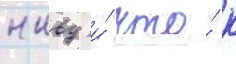
нквд и́ что́ к